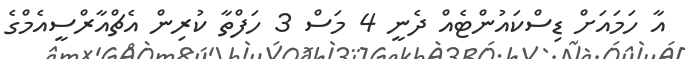
އާ ހަމައަށް ޑިސްކައުންޓެއް ދެނީ 4 މަސް 3 ހަފްތާ ކުރިން އެޗްއާރްސީއެމްގެ